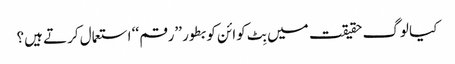
کیا لوگ حقیقت میں بِٹ کوائن کو بطور ’’رقم ‘‘ استعمال کرتے ہیں؟